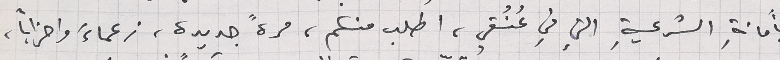
بأمانةِ الشرعيةِ التي في عُنُقي، اطلب منكم، مرةً جديدة، زعماءَ واحزاباً،